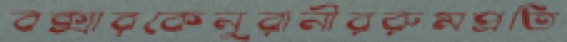
বক্সারকেনুরানীররুমপ্রতি